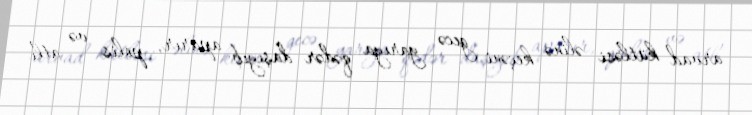
arvad kütləsi əlinə keçəni gecə yarıya qədər daşıyıb aparır, polis və atlı